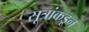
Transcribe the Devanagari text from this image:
सूत्रांकडून